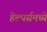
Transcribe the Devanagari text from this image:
हेल्पर्समध्ये